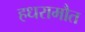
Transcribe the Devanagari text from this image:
हधरामौत